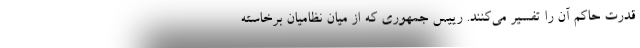
قدرت حاکم آن را تفسیر می‌کنند. رییس جمهوری که از میان نظامیان برخاسته